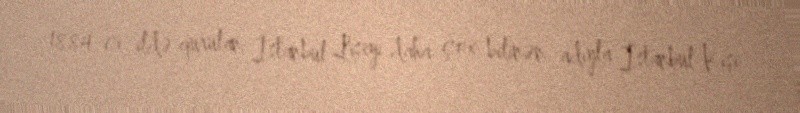
1884-ci ildə qurulan İstanbul Liseyi daha çox bilinən adıyla İstanbul Kişi